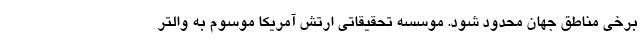
برخی مناطق جهان محدود شود. موسسه تحقیقاتی ارتش آمریکا موسوم به والتر